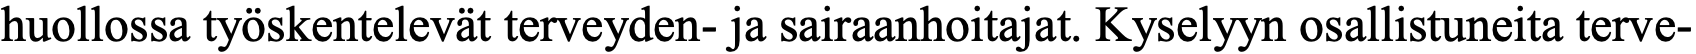
huollossa työskentelevät terveyden- ja sairaanhoitajat. Kyselyyn osallistuneita terve-